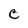
Character: c